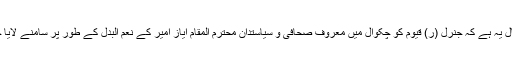
راقم کا خیال یہ ہے کہ جنرل (ر) قیوم کو چکوال میں معروف صحافی و سیاستدان محترم المقام ایاز امیر کے نعم البدل کے طور پر سامنے لایا جا رہا ہے۔